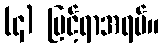
(၄) မြင့်ရာအရပ်။